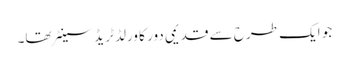
جو ایک طرح سے قدیمی دور کا ورلڈ ٹریڈ سینٹر تھا۔